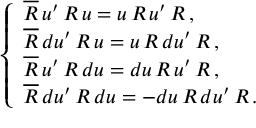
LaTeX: \left\{ \begin{array} { l } { { \overline { { { R } } } \, u ^ { \prime } \, R \, u = u \, R \, u ^ { \prime } \, R \, , } } \\ { { \overline { { { R } } } \, d u ^ { \prime } \, R \, u = u \, R \, d u ^ { \prime } \, R \, , } } \\ { { \overline { { { R } } } \, u ^ { \prime } \, R \, d u = d u \, R \, u ^ { \prime } \, R \, , } } \\ { { \overline { { { R } } } \, d u ^ { \prime } \, R \, d u = - d u \, R \, d u ^ { \prime } \, R \, . } } \end{array} \right.